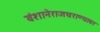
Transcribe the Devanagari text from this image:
वंशानेराजघराण्यावर